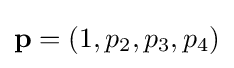
\mathbf {p} =(1,p_{2},p_{3},p_{4})